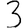
Digit: 3